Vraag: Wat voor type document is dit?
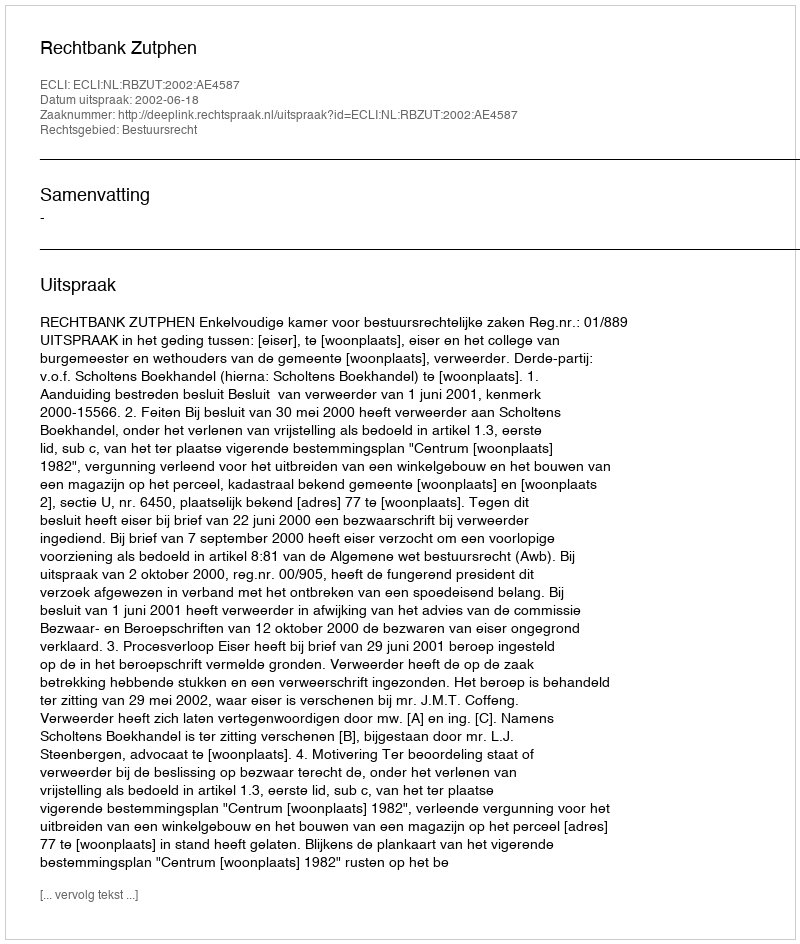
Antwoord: Uitspraak